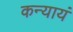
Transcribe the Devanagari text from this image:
कन्यायं